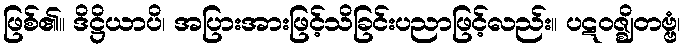
ဖြစ်၏။ ဒိဋ္ဌိယာပိ၊ အပြားအားဖြင့်သိခြင်းပညာဖြင့်လည်း။ ပဋဝဇ္ဈိတဗ္ဗံ၊